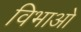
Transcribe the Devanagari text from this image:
विभाओ